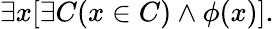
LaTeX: \exists x[\exists C(x\in C)\land\phi(x)].